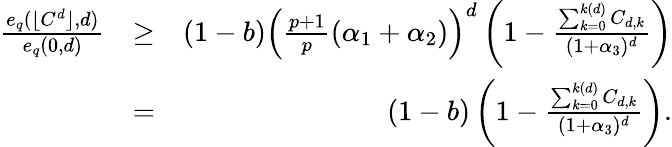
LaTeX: \begin{array}{rlr}{\frac{e_{q}(\lfloor C^{d}\rfloor,d)}{e_{q}(0,d)}}&{\ge}&{(1-b)\left(\frac{p+1}{p}(\alpha_{1}+\alpha_{2})\right)^{d}\left(1-\frac{\sum_{k=0}^{k(d)}C_{d,k}}{(1+\alpha_{3})^{d}}\right)}\\ &{=}&{(1-b)\left(1-\frac{\sum_{k=0}^{k(d)}C_{d,k}}{(1+\alpha_{3})^{d}}\right).}\end{array}